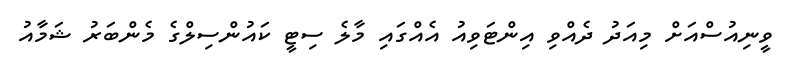
ވީނިއުސްއަށް މިއަދު ދެއްވި އިންޓަވިއު އެއްގައި މާލެ ސިޓީ ކައުންސިލްގެ މެންބަރު ޝަމާއު